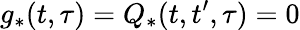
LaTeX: g_{*}(t,\tau)=Q_{*}(t,t^{\prime},\tau)=0